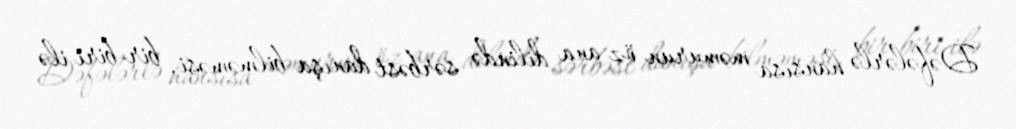
Dəfələrlə hansısa məmurun öz ana dilində sərbəst danışa bilməməsi, bir-biri ilə